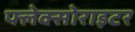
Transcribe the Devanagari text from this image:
फ्लेक्सोराइटर